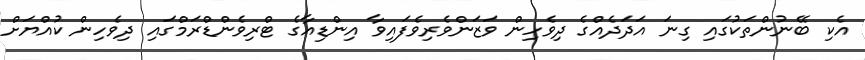
އެކި ބޭނުންތަކުގައި ގިނަ އަދަދެއްގެ ދިވެހިން ވަޒަންވެރިވެފައިވާ އިންޑިއާގެ ޓްރިވެންޑްރަމްގައި ދިވެހިން ކުއްޔަށް